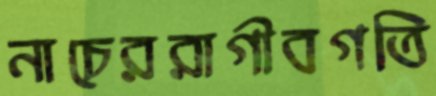
নাচেররাগীবগতি